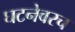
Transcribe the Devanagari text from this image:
घटनेवरच